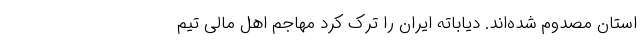
استان مصدوم شده‌اند. دیاباته ایران را ترک کرد مهاجم اهل مالی تیم